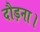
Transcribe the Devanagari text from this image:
दौड़ना।